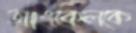
আংকেলকে